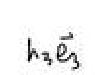
$h_{3}\vec{e}_{3}$